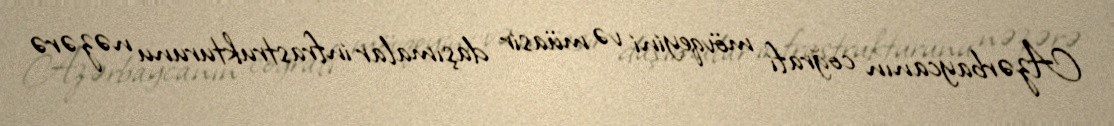
Azərbaycanın coğrafi mövqeyini və müasir daşımalar infrastrukturunu nəzərə